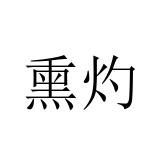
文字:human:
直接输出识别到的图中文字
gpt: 熏灼